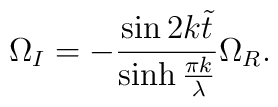
\Omega_I =-\frac{\sin 2k\tilde{t}}{\sinh\frac{\pi k}{\lambda}}   \Omega_R.